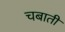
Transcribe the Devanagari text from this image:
चबाती